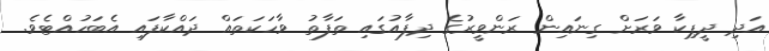
އަދި ދީޕިކާ ވަރަށް ގިނައިން ރަންވީރުގެ ދިފާއުގައި ތަފާތު ވާހަކަތައް ދައްކާފައި އެބަހުއްޓެވެ.